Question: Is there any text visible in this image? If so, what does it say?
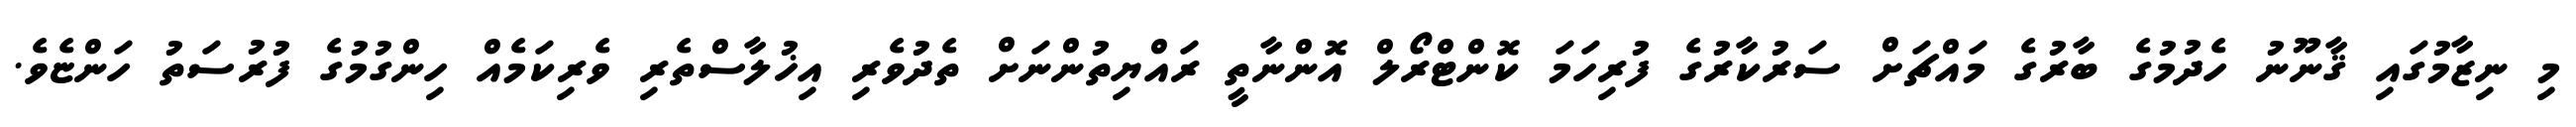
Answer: މި ނިޒާމުގައި ޤާނޫނު ހެދުމުގެ ބާރުގެ މައްޗަށް ސަރުކާރުގެ ފުރިހަމަ ކޮންޓްރޯލް އޮންނާތީ ރައްޔިތުންނަށް ތެދުވެރި އިޚުލާސްތެރި ވެރިކަމެއް ހިންގުމުގެ ފުރުސަތު ހަންޏެވެ.